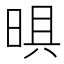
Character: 𭦈